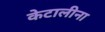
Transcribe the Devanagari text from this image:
केटालीना